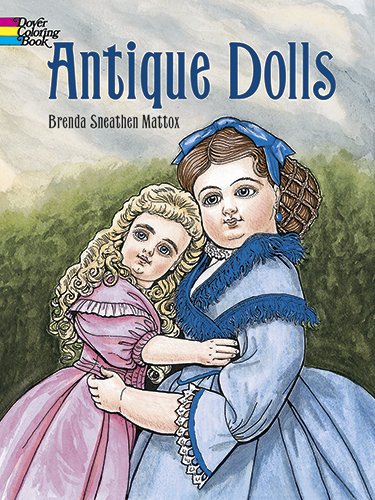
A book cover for Antique Dolls (Dover Fashion Coloring Book); Brenda Sneathen Mattox; Crafts, Hobbies & Home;